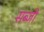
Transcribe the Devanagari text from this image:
सब्‍जी